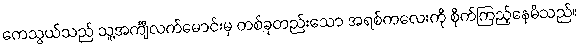
ကေသွယ်သည် သူ့အင်္ကျီလက်မောင်းမှ တစ်ခုတည်းသော အရစ်ကလေးကို စိုက်ကြည့်နေမိသည်။